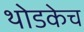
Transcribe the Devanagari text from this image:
थोडकेच